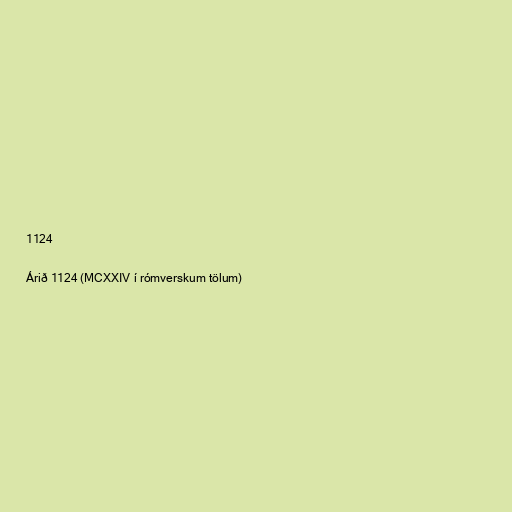
1124

Árið 1124 (MCXXIV í rómverskum tölum)